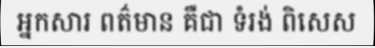
អ្នកសារ ពត៌មាន គឺជា ទំរង់ ពិសេស